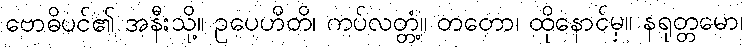
ဗောဓိပင်၏ အနီးသို့။ ဥပေဟိတိ၊ ကပ်လတ္တံ့။ တတော၊ ထိုနောင်မှ။ နရုတ္တမော၊